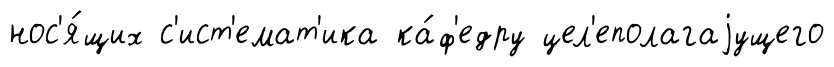
нос'я́щих с'ист'емат'ика ка́ф'едру цел'еполагаjущего